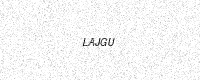
Text: LAJGU